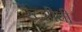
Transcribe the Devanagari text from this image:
रेंत्सीची